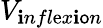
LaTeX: V_{\mathbf{i}nfl\mathrm{e}x\mathbf{i}\mathsf{o}n}